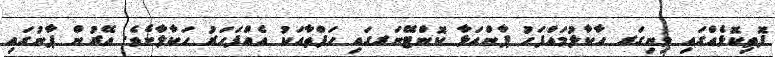
ފޮތިކޮޅެއްގައި ވިނިގަރ ހާކާލުމައްފަހު ޕާންއަޅާ ކޮންޓޭނަރގައި ހަފްތާއަކު އެއްފަހަރު ހަކާލާށެވެ. އޭރުން ޕާނުގައި